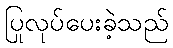
ပြုလုပ်ပေးခဲ့သည်